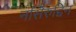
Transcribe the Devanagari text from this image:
नसिरुद्दिन